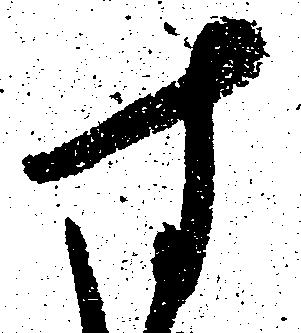
す